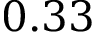
0 . 3 3